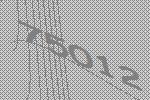
75012